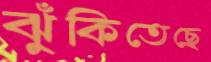
ঝুঁকিতেছে